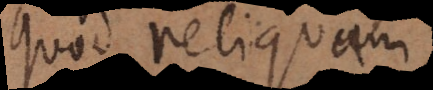
quod reliquam